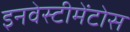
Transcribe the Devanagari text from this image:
इनवेस्टीमेंटोस